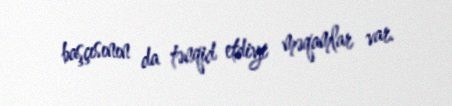
başçısının da tənqid etdiyi məqamlar var.